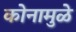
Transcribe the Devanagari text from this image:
कोनामुळे